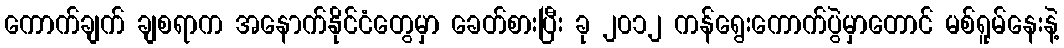
ကောက်ချက် ချစရာက အနောက်နိုင်ငံတွေမှာ ခေတ်စားပြီး ခု ၂၀၁၂ ကန်ရွေးကောက်ပွဲမှာတောင် မစ်ရူမ်နေးနဲ့